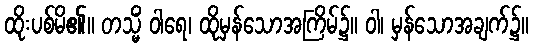
ထိုးပစ်မိ၏။ တသ္မိံ ဝါရေ၊ ထိုမှန်သောအကြိမ်၌။ ဝါ၊ မှန်သောအချက်၌။